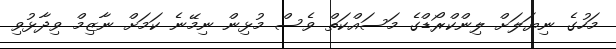
މަހުގެ ނިޔަލަށް ލިންކްރޯޑްގެ މަސައްކަތް ވެސް މުޅިން ނިމޭނެ ކަމަށް ނާޒިމް ވިދާޅުވި